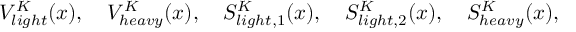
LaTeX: V _ { l i g h t } ^ { K } ( x ) , ~ ~ ~ V _ { h e a v y } ^ { K } ( x ) , ~ ~ ~ S _ { l i g h t , 1 } ^ { K } ( x ) , ~ ~ ~ S _ { l i g h t , 2 } ^ { K } ( x ) , ~ ~ ~ S _ { h e a v y } ^ { K } ( x ) ,